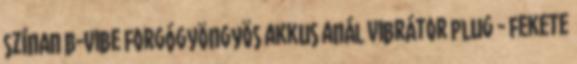
színAn b-Vibe Forgógyöngyös akkus anál vibrátor plug - fekete